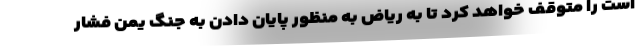
است را متوقف خواهد کرد تا به ریاض به منظور پایان دادن به جنگ یمن فشار